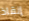
إنقاذ